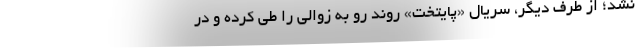
نشد؛ از طرف دیگر، سریال «پایتخت» روند رو به زوالی را طی کرده و در